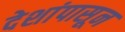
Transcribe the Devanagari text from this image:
देशांपासून